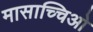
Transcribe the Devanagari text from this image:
मासाच्चिओ